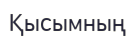
Қысымның